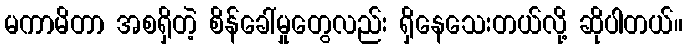
မကာမိတာ အစရှိတဲ့ စိန်ခေါ်မှုတွေလည်း ရှိနေသေးတယ်လို့ ဆိုပါတယ်။